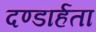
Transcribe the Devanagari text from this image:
दण्डार्हता